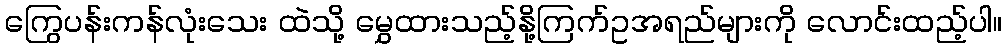
ကြွေပန်းကန်လုံးသေး ထဲသို့ မွှေထားသည့်နို့ကြက်ဥအရည်များကို လောင်းထည့်ပါ။